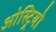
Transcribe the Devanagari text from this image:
ओस्ट्रियो